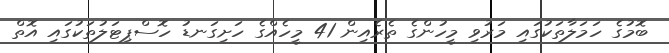
ބޮމުގެ ހަމަލާތަކުގައި މަރުވި މީހުންގެ ތެރެއިން 41 މީހެއްގެ ހަށިގަނޑު ހޮސްޕިޓަލުތަކުގައި އޮތް